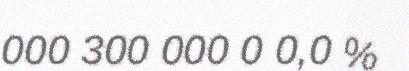
000 300 000 0 0,0 %